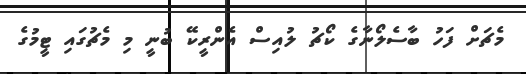
މެޗަށް ފަހު ބާސެލޯނާގެ ކޯޗު ލުއިސް އެންރީކޭ ބުނީ މި މެޗުގައި ޓީމުގެ